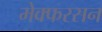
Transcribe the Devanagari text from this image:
मेक्फरसन